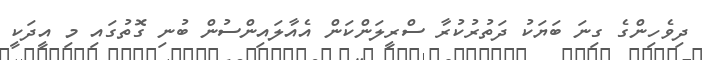
ދިވެހިންގެ ގިނަ ބަޔަކު ދަތުރުކުރާ ސްރީލަންކަން އެއާލައިންސުން ބުނި ގޮތުގައި މި އީދަކީ